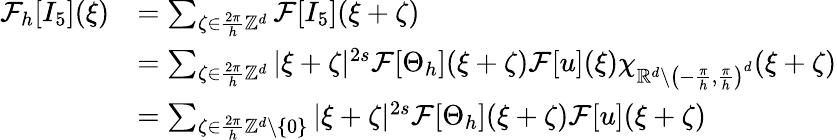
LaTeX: \begin{array}{rl}{\mathcal{F}_{h}[I_{5}](\xi)}&{=\sum_{\zeta\in\frac{2\pi}{h}\mathbb{Z}^{d}}\mathcal{F}[I_{5}](\xi+\zeta)}\\ &{=\sum_{\zeta\in\frac{2\pi}{h}\mathbb{Z}^{d}}|\xi+\zeta|^{2s}\mathcal{F}[\Theta_{h}](\xi+\zeta)\mathcal{F}[u](\xi)\chi_{\mathbb{R}^{d}\setminus\left(-\frac{\pi}{h},\frac{\pi}{h}\right)^{d}}(\xi+\zeta)}\\ &{=\sum_{\zeta\in\frac{2\pi}{h}\mathbb{Z}^{d}\setminus\{ 0\} }|\xi+\zeta|^{2s}\mathcal{F}[\Theta_{h}](\xi+\zeta)\mathcal{F}[u](\xi+\zeta)}\end{array}